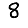
Digit: 8